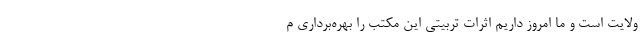
ولایت است و ما امروز داریم اثرات تربیتی این مکتب را بهره‌برداری م